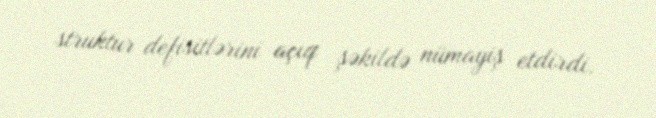
struktur defisitlərini açıq şəkildə nümayiş etdirdi.